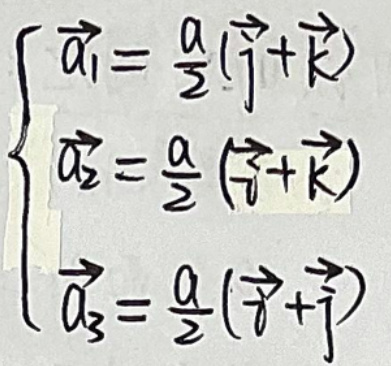
\begin{cases}
\vec{a_1} = \frac{a}{2}(\vec{j}+\vec{k})\\
\vec{a_2} = \frac{a}{2}(\vec{i}+\vec{k})\\
\vec{a_3} = \frac{a}{2}(\vec{i}+\vec{j})
\end{cases}